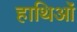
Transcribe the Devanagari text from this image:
हाथिओं